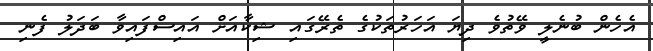
އެހެން ބުނެލީ ވޭތުވެ ދިޔަ އަހަރުތަކުގެ ތެރޭގައި ޝިކާއަށް އައިސްފައިވާ ބަދަލު ފެނި